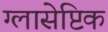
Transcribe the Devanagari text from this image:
ग्लासेप्टिक